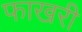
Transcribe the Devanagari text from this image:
फाखरी